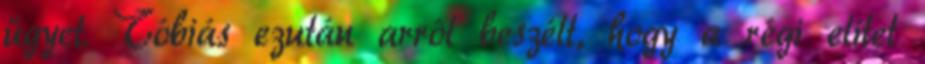
ügyet. Tóbiás ezután arról beszélt, hogy a régi elitet